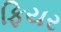
ફિયર